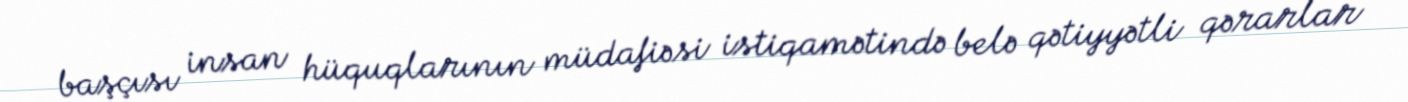
başçısı insan hüquqlarının müdafiəsi istiqamətində belə qətiyyətli qərarlar